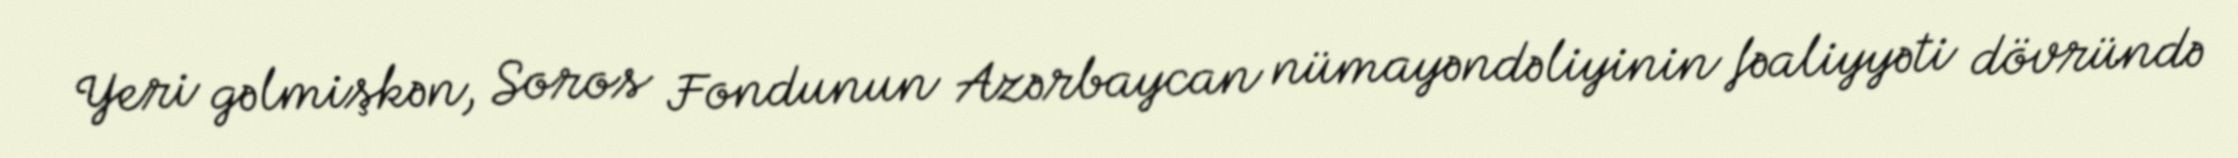
Yeri gəlmişkən, Soros Fondunun Azərbaycan nümayəndəliyinin fəaliyyəti dövründə